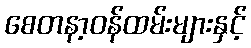
စေတနာ့ဝန်ထမ်းများနှင့်